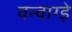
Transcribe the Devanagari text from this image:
वन्वाग्ड़े